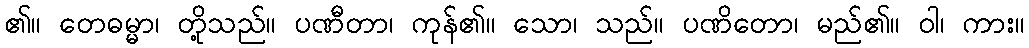
၏။ တေဓမ္မာ၊ တို့သည်။ ပဏီတာ၊ ကုန်၏။ သော၊ သည်။ ပဏိတော၊ မည်၏။ ဝါ၊ ကား။